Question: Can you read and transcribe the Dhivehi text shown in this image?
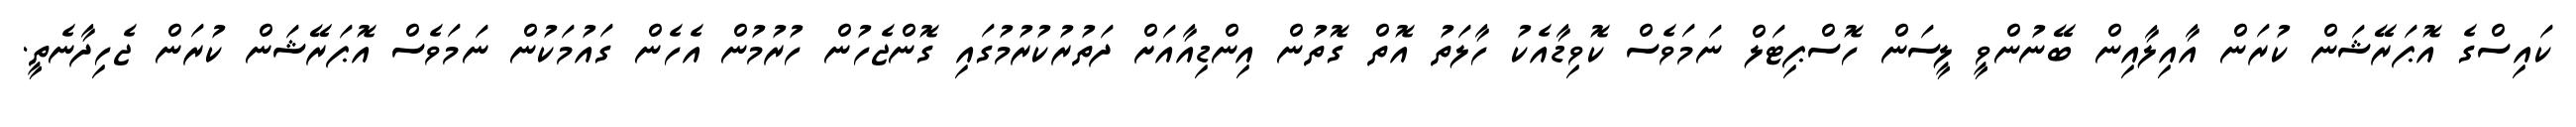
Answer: ކައިސްގެ އޮޕަރޭޝަން ކުރަން އާއިލާއިން ބޭނުންވީ ލީސަން ހޮސްޕިޓަލް ނަމަވެސް ކޮވިޑާއެކު ހާލަތު އޮތް ގޮތުން އިންޑިއާއަށް ދަތުރުކުރުމުގައި ގޮންޖެހުން ހުރުމުން އެހެން ގައުމަކުން ނަމަވެސް އޮޕަރޭޝަން ކުރަން ޖެހިދާނެތީ.